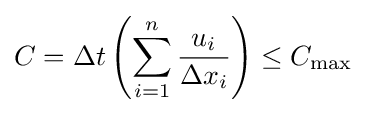
C=\Delta t\left(\sum _{i=1}^{n}{\frac {u_{i}}{\Delta x_{i}}}\right)\leq C_{\max }